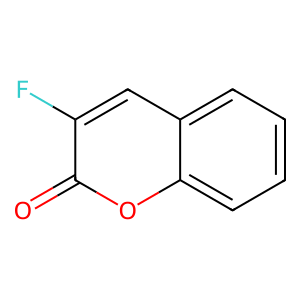
SMILES: O=c1oc2ccccc2cc1F
Inhibits HIV replication: No